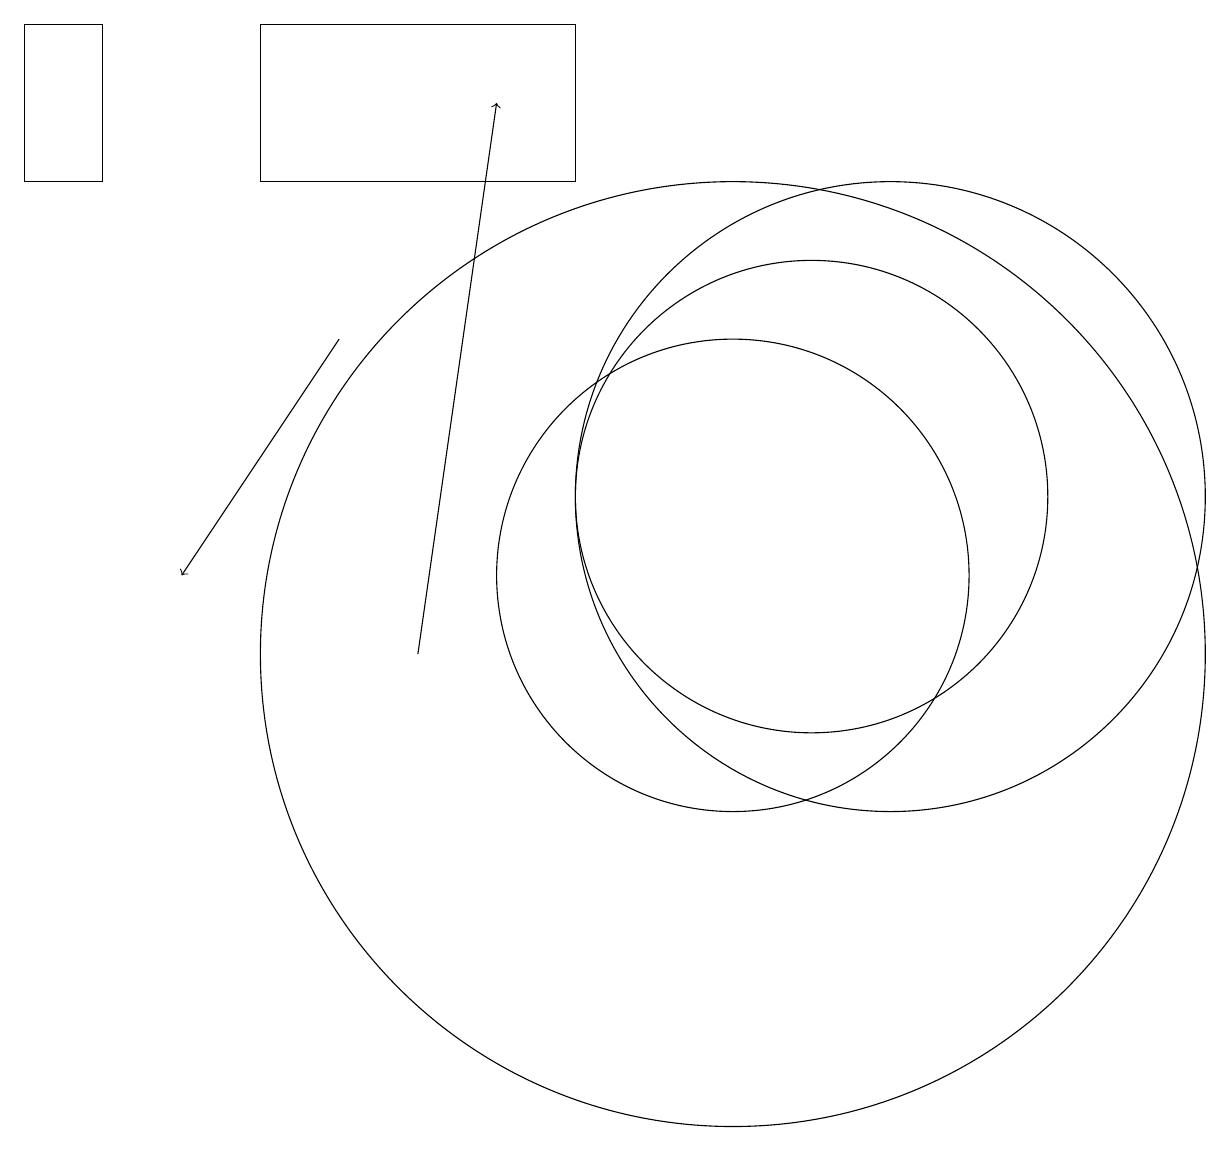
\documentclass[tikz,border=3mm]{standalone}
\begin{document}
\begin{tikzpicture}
\draw (10,11) circle (3);
\draw (1,16) rectangle (2,18);
\draw[->] (6,10) -- (7,17);
\draw[->] (5,14) -- (3,11);
\draw (12,12) circle (4);
\draw (8,16) rectangle (4,18);
\draw (10,10) circle (6);
\draw (11,12) circle (3);
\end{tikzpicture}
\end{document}